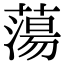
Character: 蕩